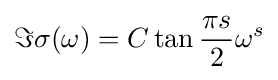
\Im \sigma (\omega )=C\tan {\frac {\pi s}{2}}\omega ^{s}